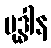
ဗုဒ္ဓါန